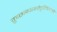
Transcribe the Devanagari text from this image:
तुच्छाकारमनोवृत्तिर्यस्यासौ